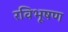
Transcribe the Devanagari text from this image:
रविभूषण